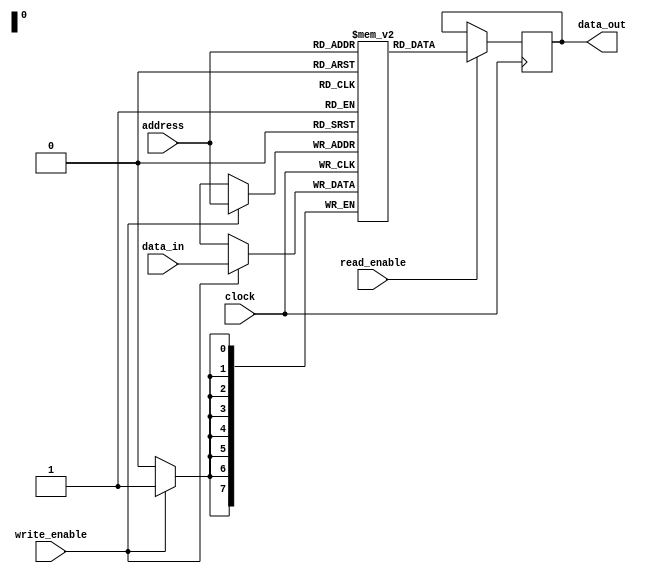
module eeprom (
    input wire [7:0] address,
    input wire [7:0] data_in,
    input wire read_enable,
    input wire write_enable,
    input wire clock,
    output reg [7:0] data_out
);

reg [7:0] memory [0:255];

always @(posedge clock) begin
    if(write_enable) begin
        memory[address] <= data_in;
    end
    if(read_enable) begin
        data_out <= memory[address];
    end
end

endmodule